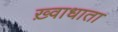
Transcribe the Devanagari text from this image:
ख़्वाधाता